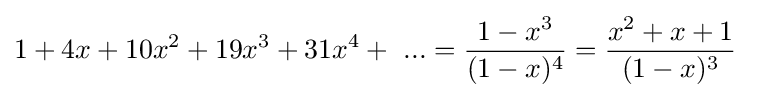
1+4x+10x^{2}+19x^{3}+31x^{4}+~...={\frac {1-x^{3}}{(1-x)^{4}}}={\frac {x^{2}+x+1}{(1-x)^{3}}}~